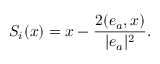
S _ { i } ( x ) = x - \frac { 2 ( e _ { a } , x ) } { | e _ { a } | ^ { 2 } } .